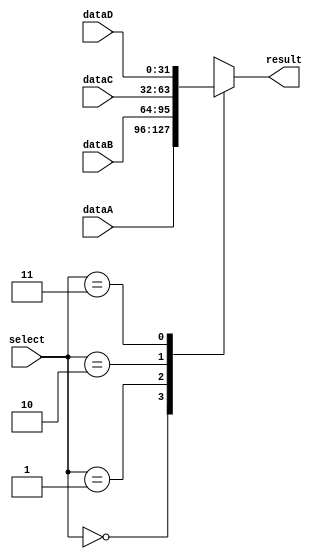
`timescale 1ns / 1ps


module mux4to1(
    input [31:0] dataA,
    input [31:0] dataB,
    input [31:0] dataC,
    input [31:0] dataD,
    input [1:0] select,
    output reg [31:0] result
    );

    always @(*) begin
        case (select) 
            2'b00: begin
                result = dataA;
            end
            2'b01: begin
                result = dataB;
            end
            2'b10: begin
                result = dataC;
            end
            2'b11: begin
                result = dataD;
            end
        endcase
    end
endmodule